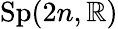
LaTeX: {\mathrm{Sp}}(2n,\mathbb{R})